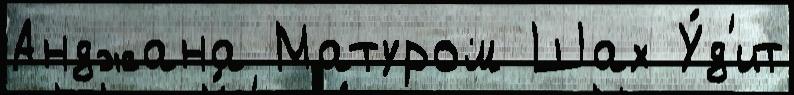
Анджана Матуром Шах У́д'ит